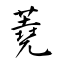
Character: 蕘